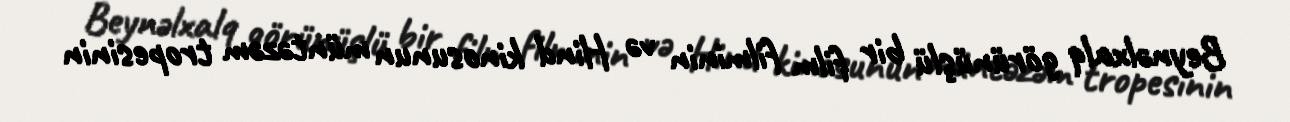
Beynəlxalq görünüşlü bir film filminin və Hind kinosunun müntəzəm tropesinin